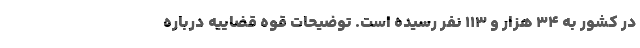
در کشور به ۳۴ هزار و ۱۱۳ نفر رسیده است. توضیحات قوه قضاییه درباره